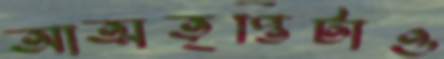
আত্মতৃপ্তিটাও